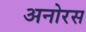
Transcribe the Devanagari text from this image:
अनोरस